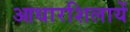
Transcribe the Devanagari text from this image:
आधारशिलायें